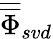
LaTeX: \overline{{\overline{\Phi}}}_{svd}